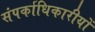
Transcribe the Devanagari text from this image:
संपर्काधिकारीयों